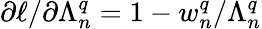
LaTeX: \partial\ell/\partial\Lambda_{n}^{q}=1-w_{n}^{q}/\Lambda_{n}^{q}